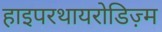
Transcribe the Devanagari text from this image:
हाइपरथायरोडिज़्म